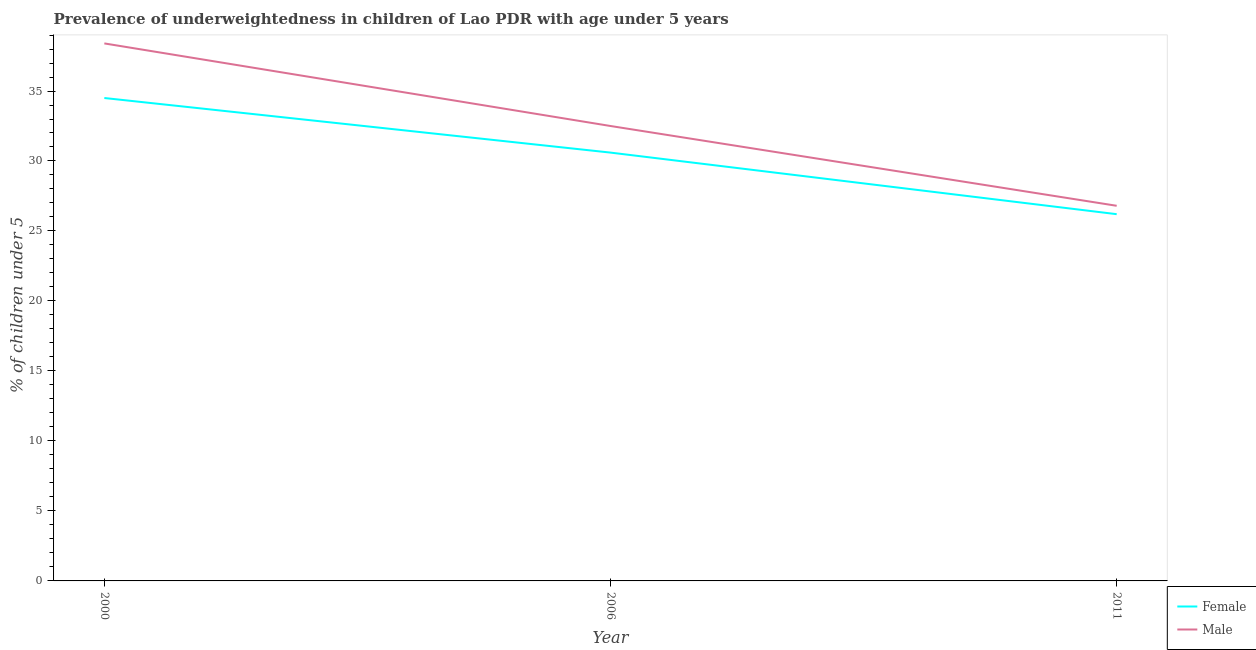
| Year | Female | Male |
 | --- | --- | --- |
 | 2000 | 34.5 | 38.4 |
 | 2006 | 30.6 | 32.5 |
 | 2011 | 26.2 | 26.8 |